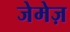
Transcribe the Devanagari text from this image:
जेमेज़